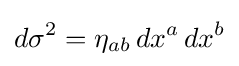
d\sigma ^{2}=\eta _{ab}\,dx^{a}\,dx^{b}